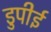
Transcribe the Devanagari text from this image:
डुपीई